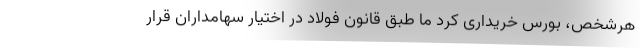
هرشخص، بورس خریداری کرد ما طبق قانون فولاد در اختیار سهامداران قرار